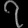
Digit: ၇